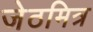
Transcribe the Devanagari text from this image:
जेठमित्र